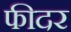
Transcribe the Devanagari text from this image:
फीदर